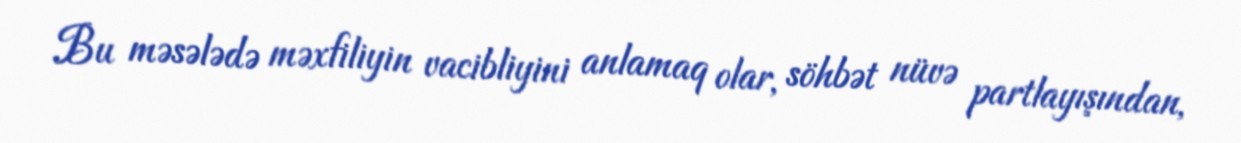
Bu məsələdə məxfiliyin vacibliyini anlamaq olar, söhbət nüvə partlayışından,